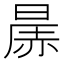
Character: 㬄